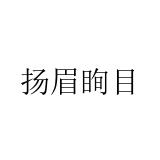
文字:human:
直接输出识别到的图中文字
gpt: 扬眉眴目